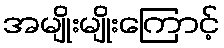
အမျိုးမျိုးကြောင့်